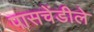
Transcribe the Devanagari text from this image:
पासचेंडीले